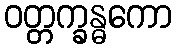
ဝတ္တက္ခန္ဓကော